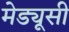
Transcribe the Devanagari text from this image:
मेड्यूसी